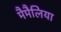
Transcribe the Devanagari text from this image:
मैमैलिया